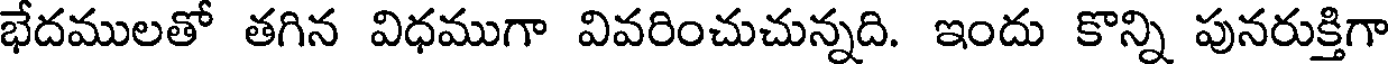
భేదములతో తగిన విధముగా వివరించుచున్నది. ఇందు కొన్ని పునరుక్తిగా